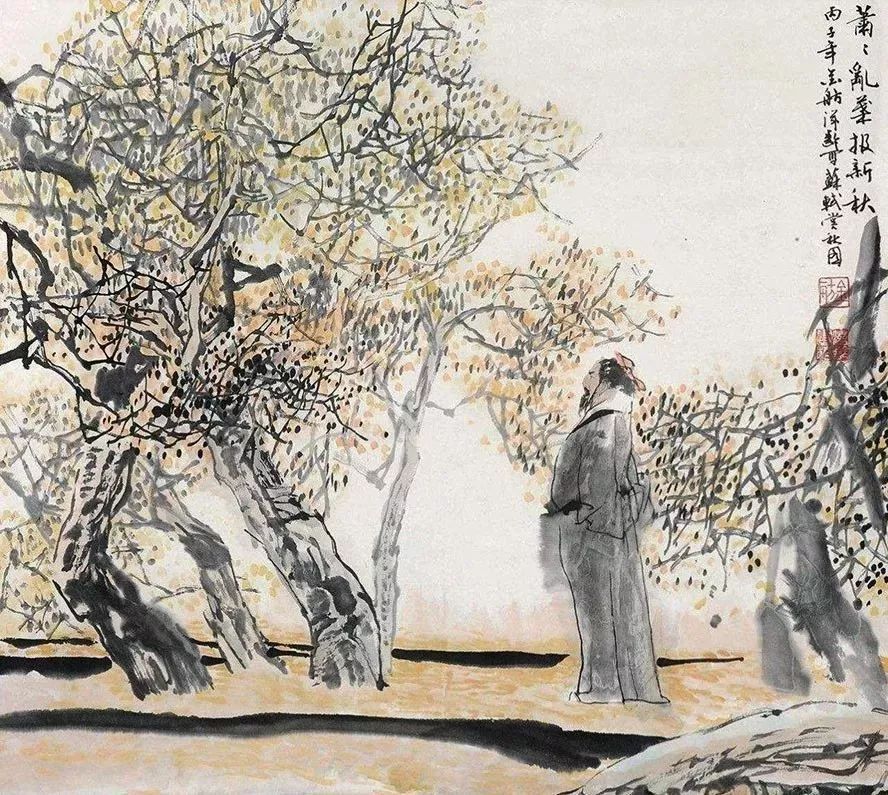
世事一场大梦，人生几度秋凉？